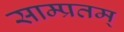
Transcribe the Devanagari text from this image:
साम्प्रतम्